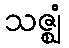
သဇ္ဈံ